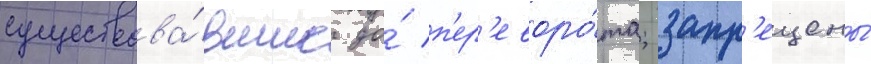
существова́вшие до́ п'ер'еворо́та; запр'ещены́